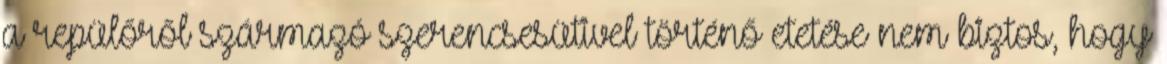
a repülőről származó szerencsesütivel történő etetése nem biztos, hogy